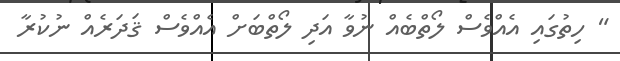
" ހިތުގައި އެއްވެސް ލޯތްބެއް ނުވާ އަދި ލޯތްބަށް އެއްވެސް ޤަދަރެއް ނުކުރާ